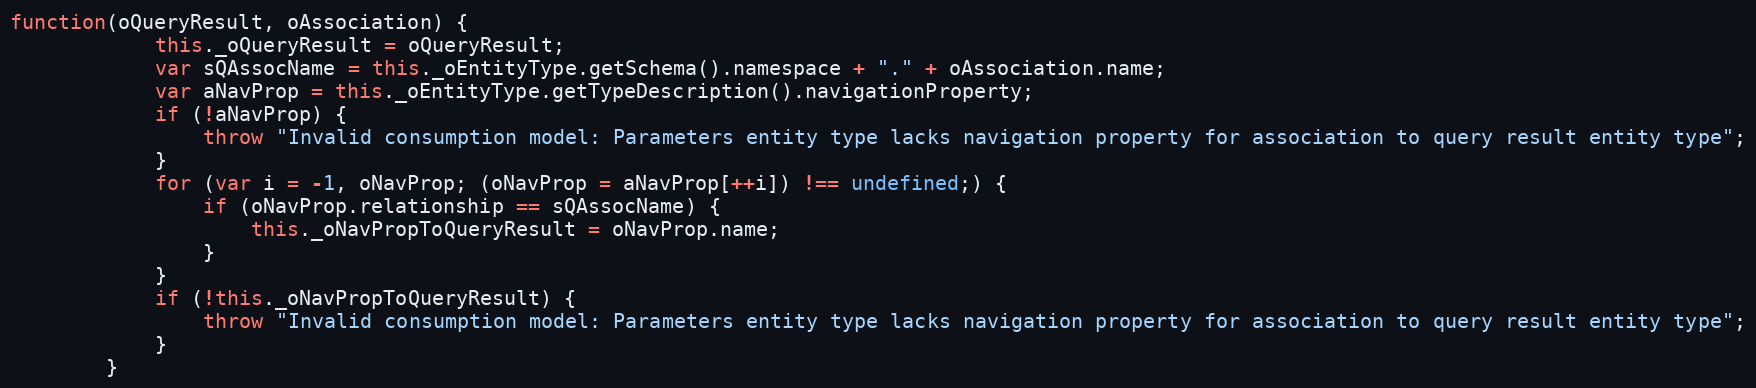
Language: JavaScript
function(oQueryResult, oAssociation) {
			this._oQueryResult = oQueryResult;
			var sQAssocName = this._oEntityType.getSchema().namespace + "." + oAssociation.name;
			var aNavProp = this._oEntityType.getTypeDescription().navigationProperty;
			if (!aNavProp) {
				throw "Invalid consumption model: Parameters entity type lacks navigation property for association to query result entity type";
			}
			for (var i = -1, oNavProp; (oNavProp = aNavProp[++i]) !== undefined;) {
				if (oNavProp.relationship == sQAssocName) {
					this._oNavPropToQueryResult = oNavProp.name;
				}
			}
			if (!this._oNavPropToQueryResult) {
				throw "Invalid consumption model: Parameters entity type lacks navigation property for association to query result entity type";
			}
		}